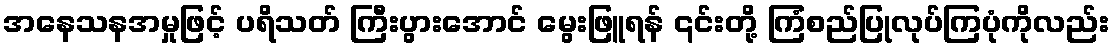
အနေသနအမှုဖြင့် ပရိသတ် ကြီးပွားအောင် မွေးဖြူရန် ၎င်းတို့ ကြံစည်ပြုလုပ်ကြပုံကိုလည်း